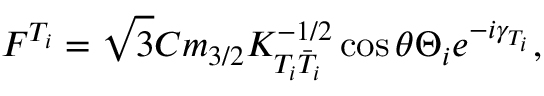
F ^ { T _ { i } } = \sqrt { 3 } C m _ { 3 / 2 } K _ { T _ { i } \bar { T } _ { i } } ^ { - 1 / 2 } \cos \theta \Theta _ { i } e ^ { - i \gamma _ { T _ { i } } } ,